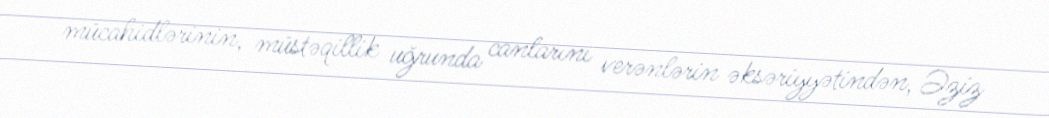
mücahidlərinin, müstəqillik uğrunda canlarını verənlərin əksəriyyətindən, Əziz